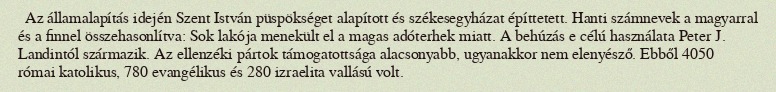
Az államalapítás idején Szent István püspökséget alapított és székesegyházat építtetett. Hanti számnevek a magyarral és a finnel összehasonlítva: Sok lakója menekült el a magas adóterhek miatt. A behúzás e célú használata Peter J. Landintól származik. Az ellenzéki pártok támogatottsága alacsonyabb, ugyanakkor nem elenyésző. Ebből 4050 római katolikus, 780 evangélikus és 280 izraelita vallású volt.